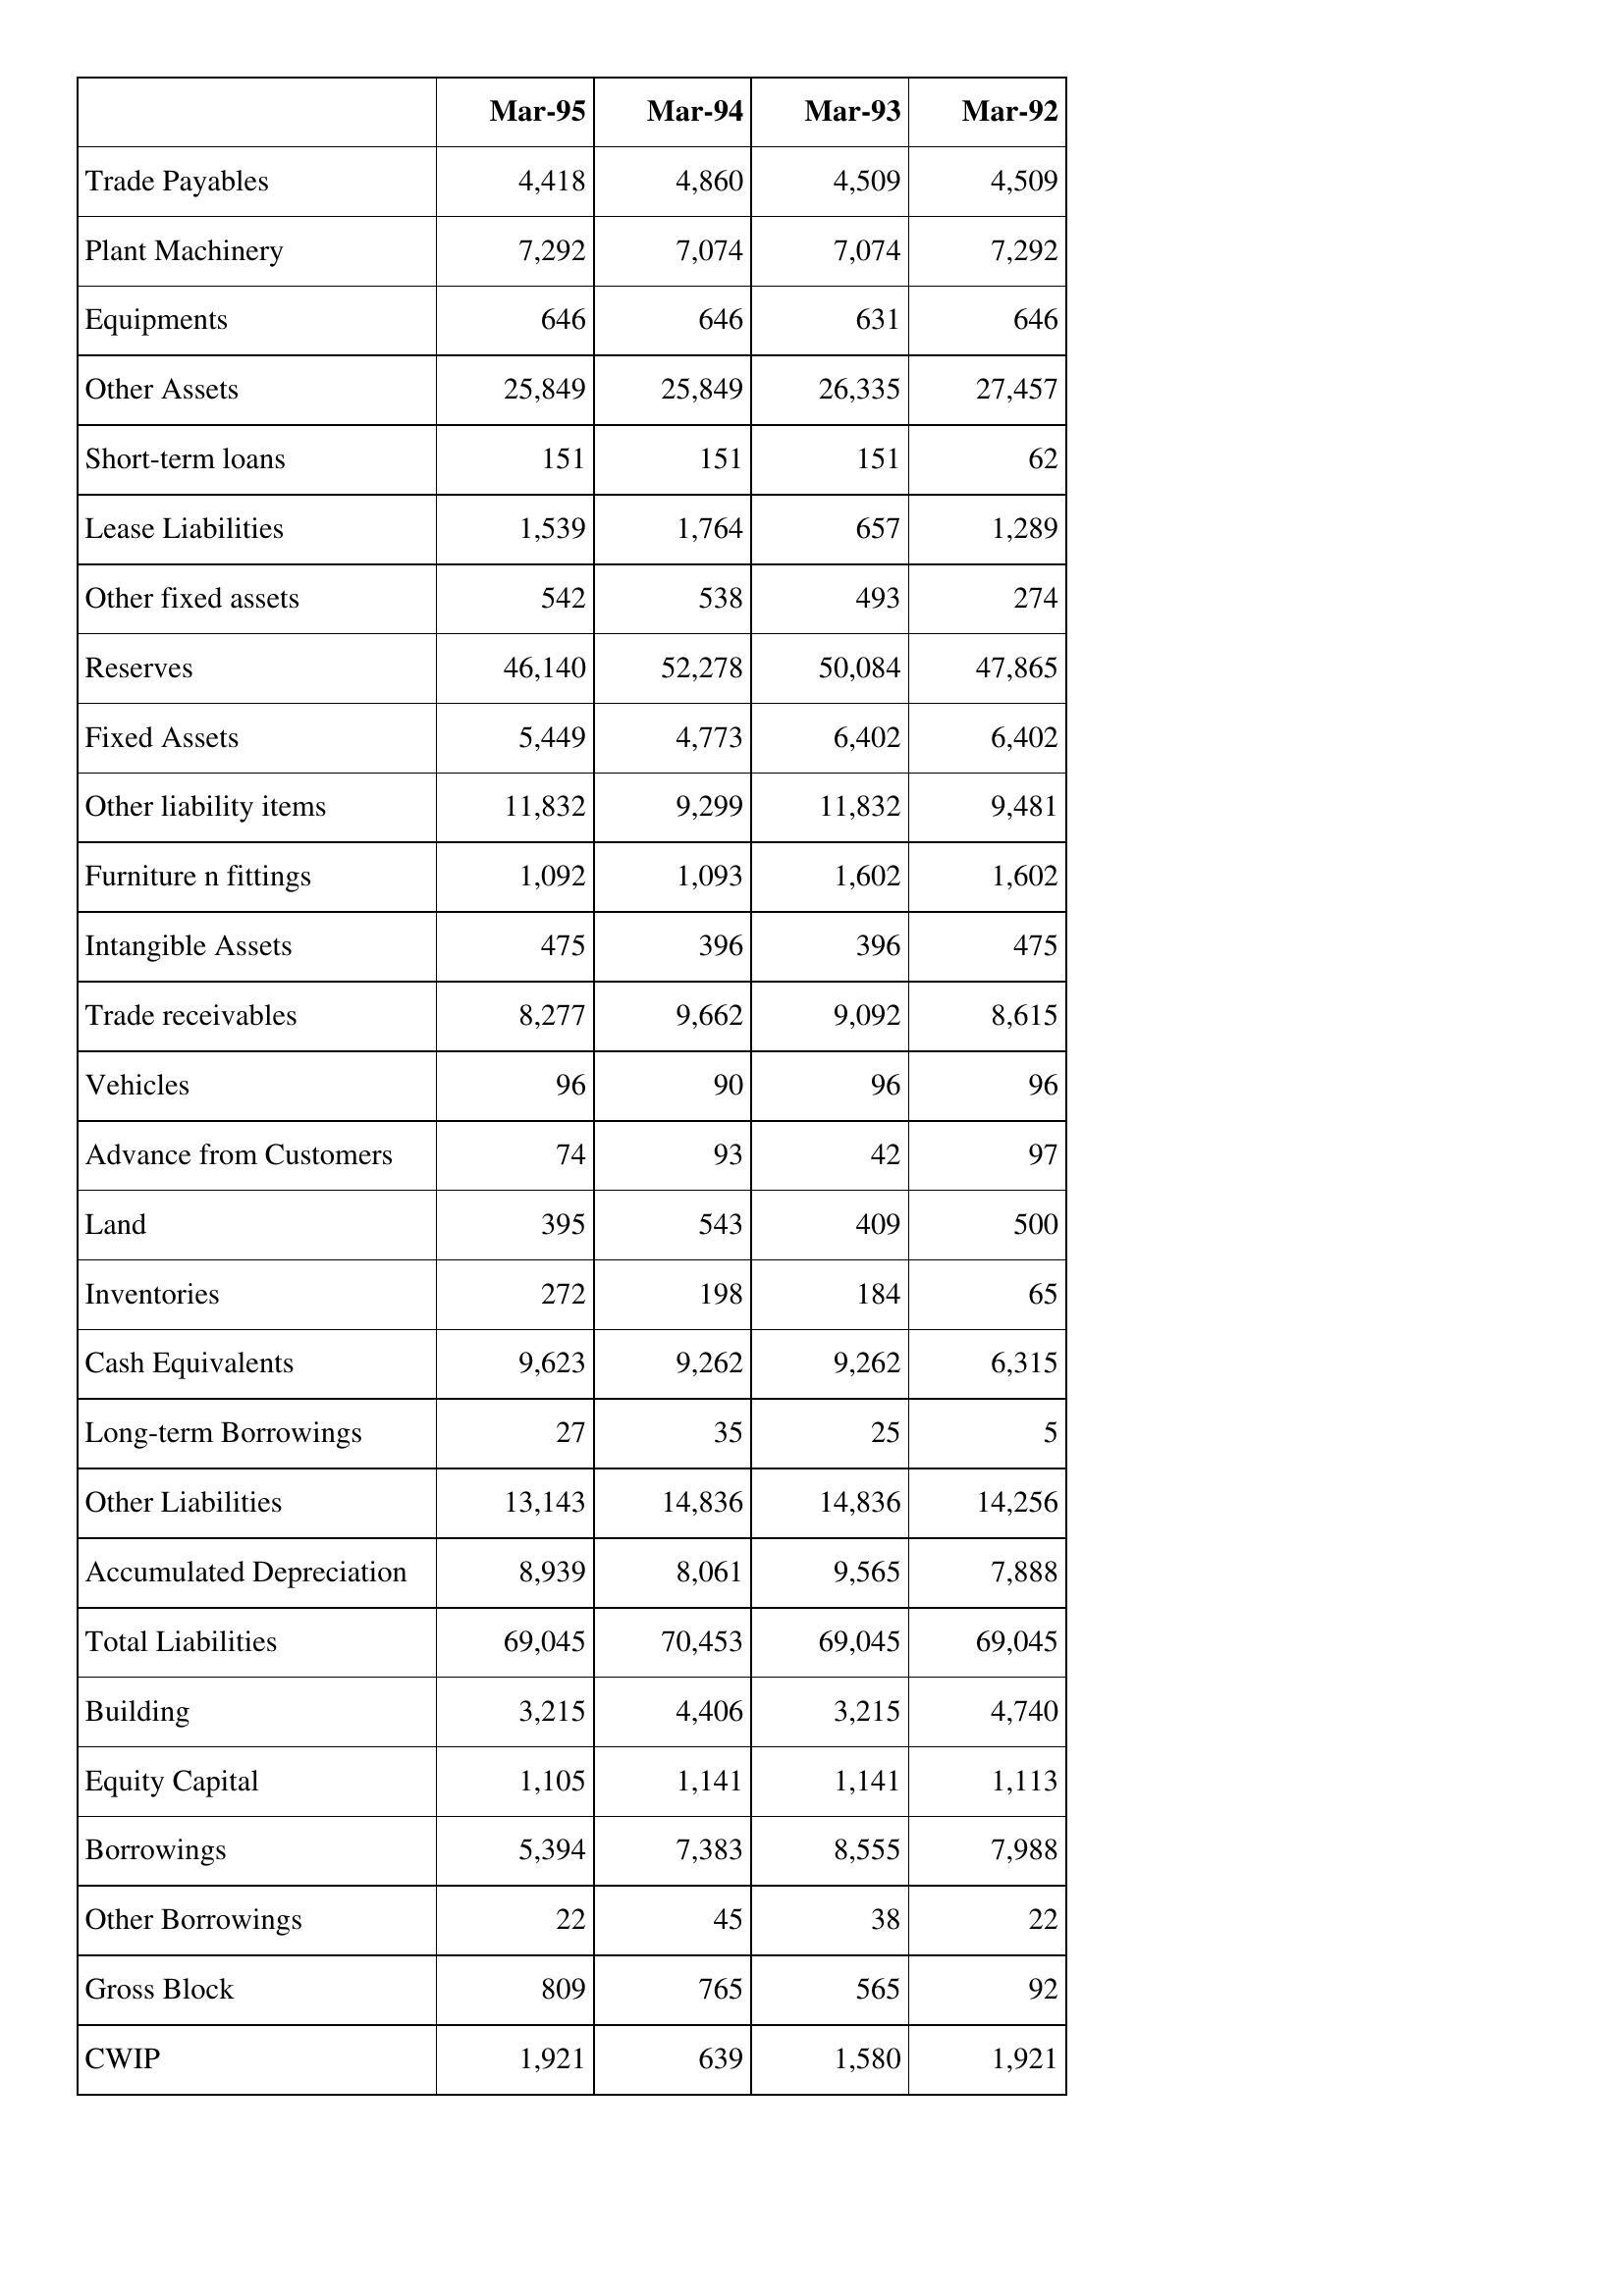
Mar-95: Balance Sheet: Trade Payables: 4,418
Plant Machinery: 7,292
Equipments: 646
Other Assets: 25,849
Short-term loans: 151
Lease Liabilities: 1,539
Other fixed assets: 542
Reserves: 46,140
Fixed Assets: 5,449
Other liability items: 11,832
Furniture n fittings: 1,092
Intangible Assets: 475
Trade receivables: 8,277
Vehicles: 96
Advance from Customers: 74
Land: 395
Inventories: 272
Cash Equivalents: 9,623
Long-term Borrowings: 27
Other Liabilities: 13,143
Accumulated Depreciation: 8,939
Total Liabilities: 69,045
Building: 3,215
Equity Capital: 1,105
Borrowings: 5,394
Other Borrowings: 22
Gross Block: 809
CWIP: 1,921
Mar-94: Balance Sheet: Trade Payables: 4,860
Plant Machinery: 7,074
Equipments: 646
Other Assets: 25,849
Short-term loans: 151
Lease Liabilities: 1,764
Other fixed assets: 538
Reserves: 52,278
Fixed Assets: 4,773
Other liability items: 9,299
Furniture n fittings: 1,093
Intangible Assets: 396
Trade receivables: 9,662
Vehicles: 90
Advance from Customers: 93
Land: 543
Inventories: 198
Cash Equivalents: 9,262
Long-term Borrowings: 35
Other Liabilities: 14,836
Accumulated Depreciation: 8,061
Total Liabilities: 70,453
Building: 4,406
Equity Capital: 1,141
Borrowings: 7,383
Other Borrowings: 45
Gross Block: 765
CWIP: 639
Mar-93: Balance Sheet: Trade Payables: 4,509
Plant Machinery: 7,074
Equipments: 631
Other Assets: 26,335
Short-term loans: 151
Lease Liabilities: 657
Other fixed assets: 493
Reserves: 50,084
Fixed Assets: 6,402
Other liability items: 11,832
Furniture n fittings: 1,602
Intangible Assets: 396
Trade receivables: 9,092
Vehicles: 96
Advance from Customers: 42
Land: 409
Inventories: 184
Cash Equivalents: 9,262
Long-term Borrowings: 25
Other Liabilities: 14,836
Accumulated Depreciation: 9,565
Total Liabilities: 69,045
Building: 3,215
Equity Capital: 1,141
Borrowings: 8,555
Other Borrowings: 38
Gross Block: 565
CWIP: 1,580
Mar-92: Balance Sheet: Trade Payables: 4,509
Plant Machinery: 7,292
Equipments: 646
Other Assets: 27,457
Short-term loans: 62
Lease Liabilities: 1,289
Other fixed assets: 274
Reserves: 47,865
Fixed Assets: 6,402
Other liability items: 9,481
Furniture n fittings: 1,602
Intangible Assets: 475
Trade receivables: 8,615
Vehicles: 96
Advance from Customers: 97
Land: 500
Inventories: 65
Cash Equivalents: 6,315
Long-term Borrowings: 5
Other Liabilities: 14,256
Accumulated Depreciation: 7,888
Total Liabilities: 69,045
Building: 4,740
Equity Capital: 1,113
Borrowings: 7,988
Other Borrowings: 22
Gross Block: 92
CWIP: 1,921